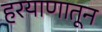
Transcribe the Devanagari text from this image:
हरयाणातून